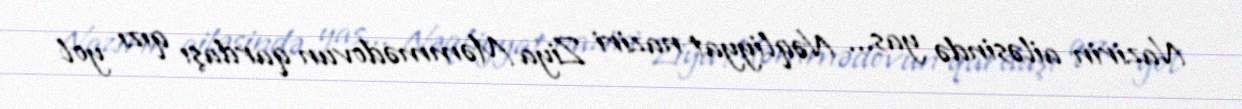
Nazirin ailəsində yas... Nəqliyyat naziri Ziya Məmmədovun qardaşı qızı yol